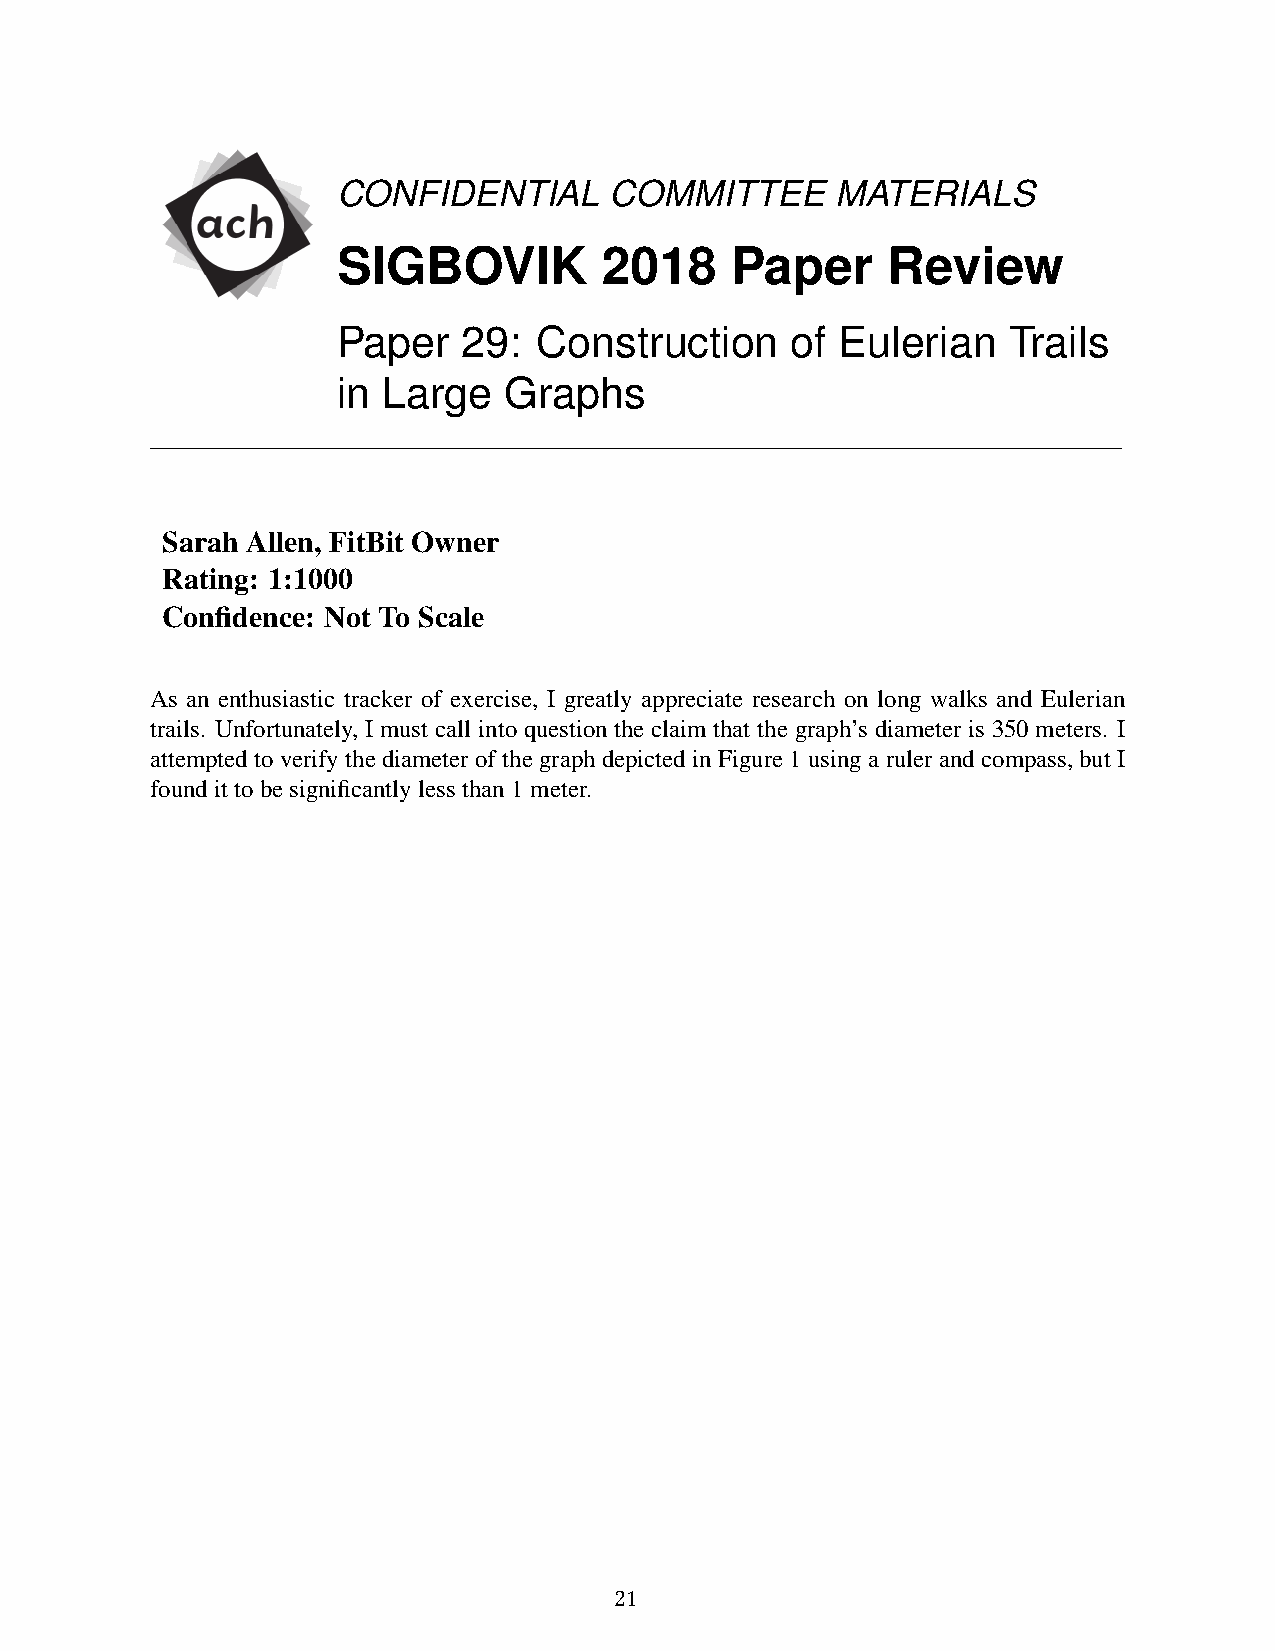
CONFIDENTIAL      COMMITTEE      MATERIALS
 SIGBOVIK          2018    Paper      Review
 Paper    29:  Construction    of  Eulerian   Trails
 in Large   Graphs
 Sarah Allen, FitBit Owner
 Rating: 1:1000
 Confidence: Not To Scale
 As an enthusiastic tracker of exercise, I greatly appreciate research on long walks and Eulerian
 trails. Unfortunately, I must call into question the claim that the graph’s diameter is 350 meters. I
 attemptedtoverifythediameterofthegraphdepictedinFigure1usingarulerandcompass,butI
 foundittobesignificantlylessthan1meter.
 21